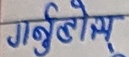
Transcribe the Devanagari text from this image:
गर्बिलोस्